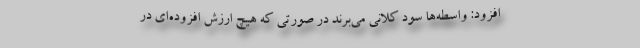
افزود: واسطه‌ها سود کلانی می‌برند در صورتی که هیچ ارزش افزوده‌ای در